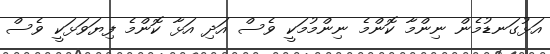
އަޅުގަނޑުމެން ނިންމާ ކޮންމެ ނިންމުމަކީ ވެސް އަދި އަޅާ ކޮންމެ ފިޔަވަޅަކީ ވެސް